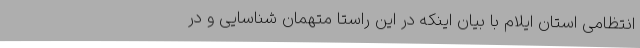
انتظامی استان ایلام با بیان اینکه در این راستا متهمان شناسایی و در